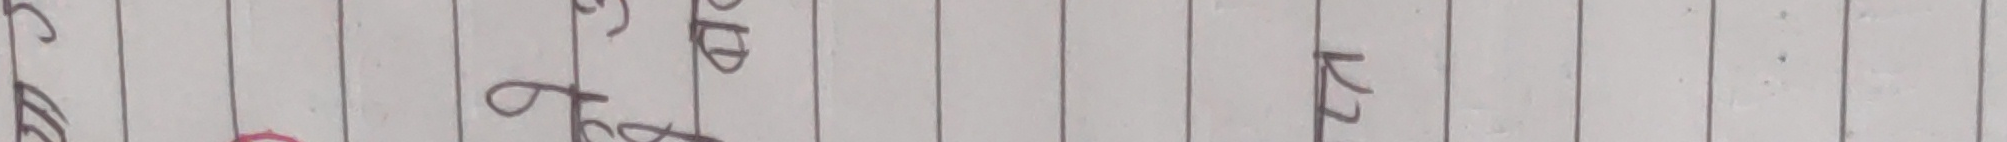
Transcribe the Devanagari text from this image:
अपुढखर२